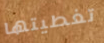
تغطيتها